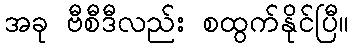
အခု ဗီစီဒီလည်း စထွက်နိုင်ပြီ။